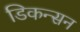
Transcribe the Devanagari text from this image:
डिकन्सन